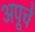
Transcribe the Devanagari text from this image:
अपूचे